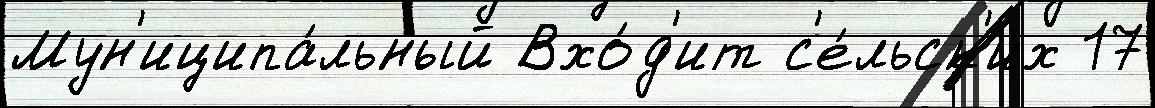
Мун'иципа́льный Вхо́д'ит с'е́льск'их 17